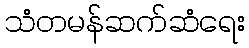
သံတမန်ဆက်ဆံရေး